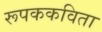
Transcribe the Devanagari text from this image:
रूपककविता